King Institute of Preventive Medicine Micro-Biological Section reports 1909-11
Year: 1909
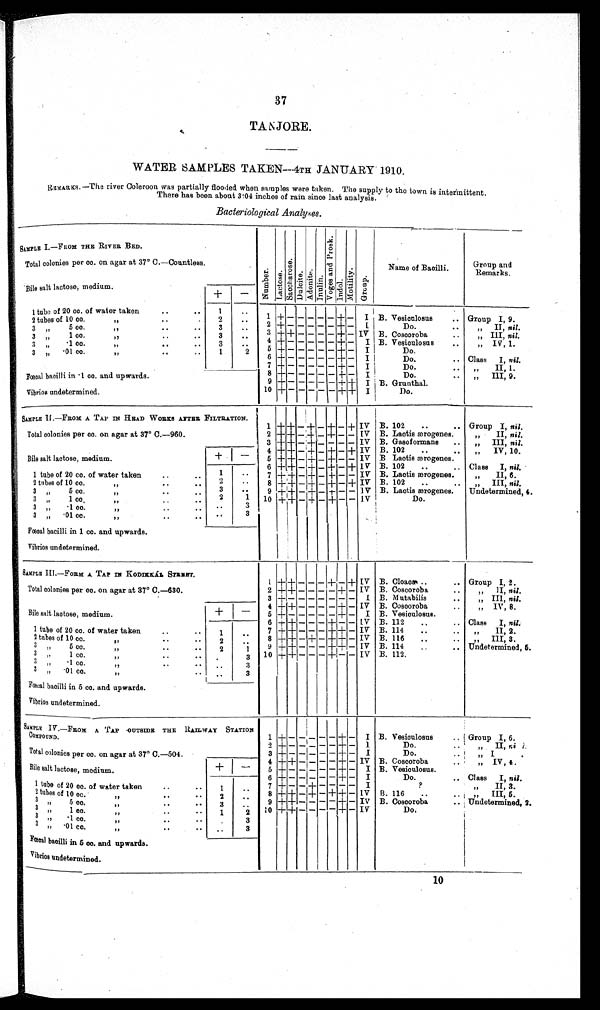
37
TANJORE.
WATER SAMPLES TAKEN—4TH JANUARY' 1910.
REMARKS..—The river Coleroon was partially flooded when samples were taken. The supply to the town is intermittent.
There has been about 3·04 inches of rain since last analysis.
Bacteriological Analpes.
SAMPLE I.—FROM THE RIVER BED.
Number.Lact ose. Sacchar ose.Dul ci te.Adoni t e.
I nul i n.
Vo g e s a n d P r o s k .Indol.
M o t i l i t y .
Group.
N a m e o f B a c i l l i .
G r o u p a n d R e m a r k s .
Total colonies per cc. on agar at 37° C.—Countless.
Bile salt lactose, medium
+
−
1 tube of 20 cc. of water taken
1
2 tubes of 10 cc. ,,
2
1 + − − − − − + −
I
B. Vesiculosus
Group I, 9.
3 ,, 5 cc. ,,
3
2 + −
− − − − + −
I Do.
„ I I ,ni l .
3 ,, 1 cc. ,,
3
3 + + − − − − + −
I V B.Coscoroba
„ III, ni l .
3 ,, •1 cc. ,,
3
4 + − − − − − + −
I
B. Ve s i c u l o s u s
„ I V , 1 .
3 ,, •01 co. ,,
1
2
5 + − − − − − + −
I
Do.
6
+ − − − − −− + −
I
Do.
Class I, nil.
7
+ − − − − − + −
I
Do.
„ I I , 1 .
Fœcal bacilli in ·1 cc. and upwards.
8
+ − − − − − + −
I
Do.
„ I I I , 9 .
9 + − − − −
− + −
I
B . G r u n t h a l .
Virbrios undetermined.
10 + − − − − − + −
I Do.
SAMPLE I I . —FROM A TAP I N HEAD WORKS AFTER FI LTRATI ON.
1 + + – + – + – +
I V B. 102
Group I, nil.
Total colonies per cc. on agar at 37° C.—960.
2 + + – + – + – –
I V B. Lactis ærogenes.
„ II, nil.
3 + + – + – – – –
I V B. Gasoformans
„ III, nil.
4
+ + – + – + – +
I V B. 102
„ IV, 10.
Bile salt lactose, medium.
+
−
5 + + – + – +–– –
I V B. Lactis ærogenes.
6 + + – + – + – +
I V B. 102
Class I, nil.
1 t u b e o f 2 0 c c . o f wa t e r t a k e n
1
7 + + – + – + – –
I V B. Lactis ærogenes. „ II, 5.
2 tubes of 10 cc. ,,
2
8 + + – + – + – +
I V
B . 1 0 2
„ III, nil.
3 , , 5 c c . , ,
3
9
+ + – + – + – –
I V
B . L a c t i s æ r o g e n e s .
Undetermined, 4.
3 ,, 1 cc. ,,
2
1 10 +
+
– + – + – –
I V Do.
3 ,, •1 cc. ,,
3
3 ,, •01 co. ,,
3
Fœcal bacilli in ·5 cc. and upwards.
Vibrios undetermined.
SAMPLE III.—FROM A TAP IN KODIKKÁL STREET.
1 + + − − − + − +
I V B. Cloacæ
Group I, 2.
Total colonies per cc. on agar at 37° C.—630.
2 + + − − − − + −
I V B. Coscoroba
„ II, nil.
3
+ − − − − − − −
I B. Mutabilis
„ III, nil.
4 + + − − − − + −
I V B.Coscoroba
„ IV, 8.
Bile salt lactose, medium.
+ −
5 + − − − − − + −
I B. Vesiculosus.
6 + + − − − + − −
I V B. 112
Cl ass I, nil.
1 t u b e o f 2 0 c c . o f w a t e r t a k e n
1
7 + + − − − + + −
I V B. 114
„ II, 2.
2 t u b e s o f 1 0 c c . , ,
2
8 + + − + − + + −
I V B. 116
„ III, 3.
3 ,, 5 cc. ,,
2
1 9
+ + − − − + + −
I V
B. 114
Undetermined, 5.
3 ,, 1 cc. ,,
3 10 + + − − − + − −
I V
B. 112.
3 ,, •1 cc. ,,
3
3 ,, •01 co. ,,
3
Fœcal bacilli in 5 cc. and upwards.
V i b r i o s u n d e t e r m i n e d .
SAMPLE IV.— FROM A TAP OUTSIDE THE RAILWAY STATION COMPOUND.
1 + – – – – – + –
I
B. Vesiculosus Group, I, 6.
2 + – – – – – + –
I
Do.
„ II, nil.
Tot al col oni es per cc. on agar at 37° C. —504.
3
+ – – – – – + –
I Do.
„ I
4 + + – – – – + –
I V B. Coscoroba
„ IV, 4.
Bile salt lactose, medium.
+
–
5 + – – – – – + –
I
B. Vesiculosus.
6 + – – – – – + –
I
Do.
Cl ass I, nil.
1 t u b e o f 2 0 c c . o f w a t e r t a k e n
1
7 + – – + – – – –
I ?
„ II, 3.
2 t u b e s o f 1 0 c c . , ,
2
8 + + – + – + + –
I V B. 116
„ III, 5.
3 ,, 5 cc. ,,
3
9 + + – – – – + –
I V
B . C o s c o r o b a
Undetermined, 2.
3 , , 1 c c . , ,
1
2 10 + + – – – – + –
I V
Do.
3 , , • 1 c c . , ,
3
3 ,, •01 co. ,,
3
F œ c a l b a c i l l i i n 5 c c . a n d u p w a r d s .
Vibrios undetermined.
10